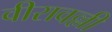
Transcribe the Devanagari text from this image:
वीरावल्ली